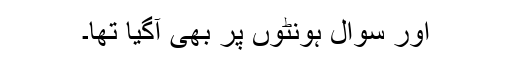
اور سوال ہونٹوں پر بھی آگیا تھا۔